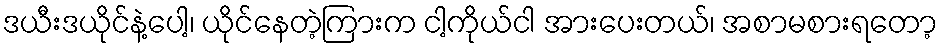
ဒယီးဒယိုင်နဲ့ပေါ့၊ ယိုင်နေတဲ့ကြားက ငါ့ကိုယ်ငါ အားပေးတယ်၊ အစာမစားရတော့